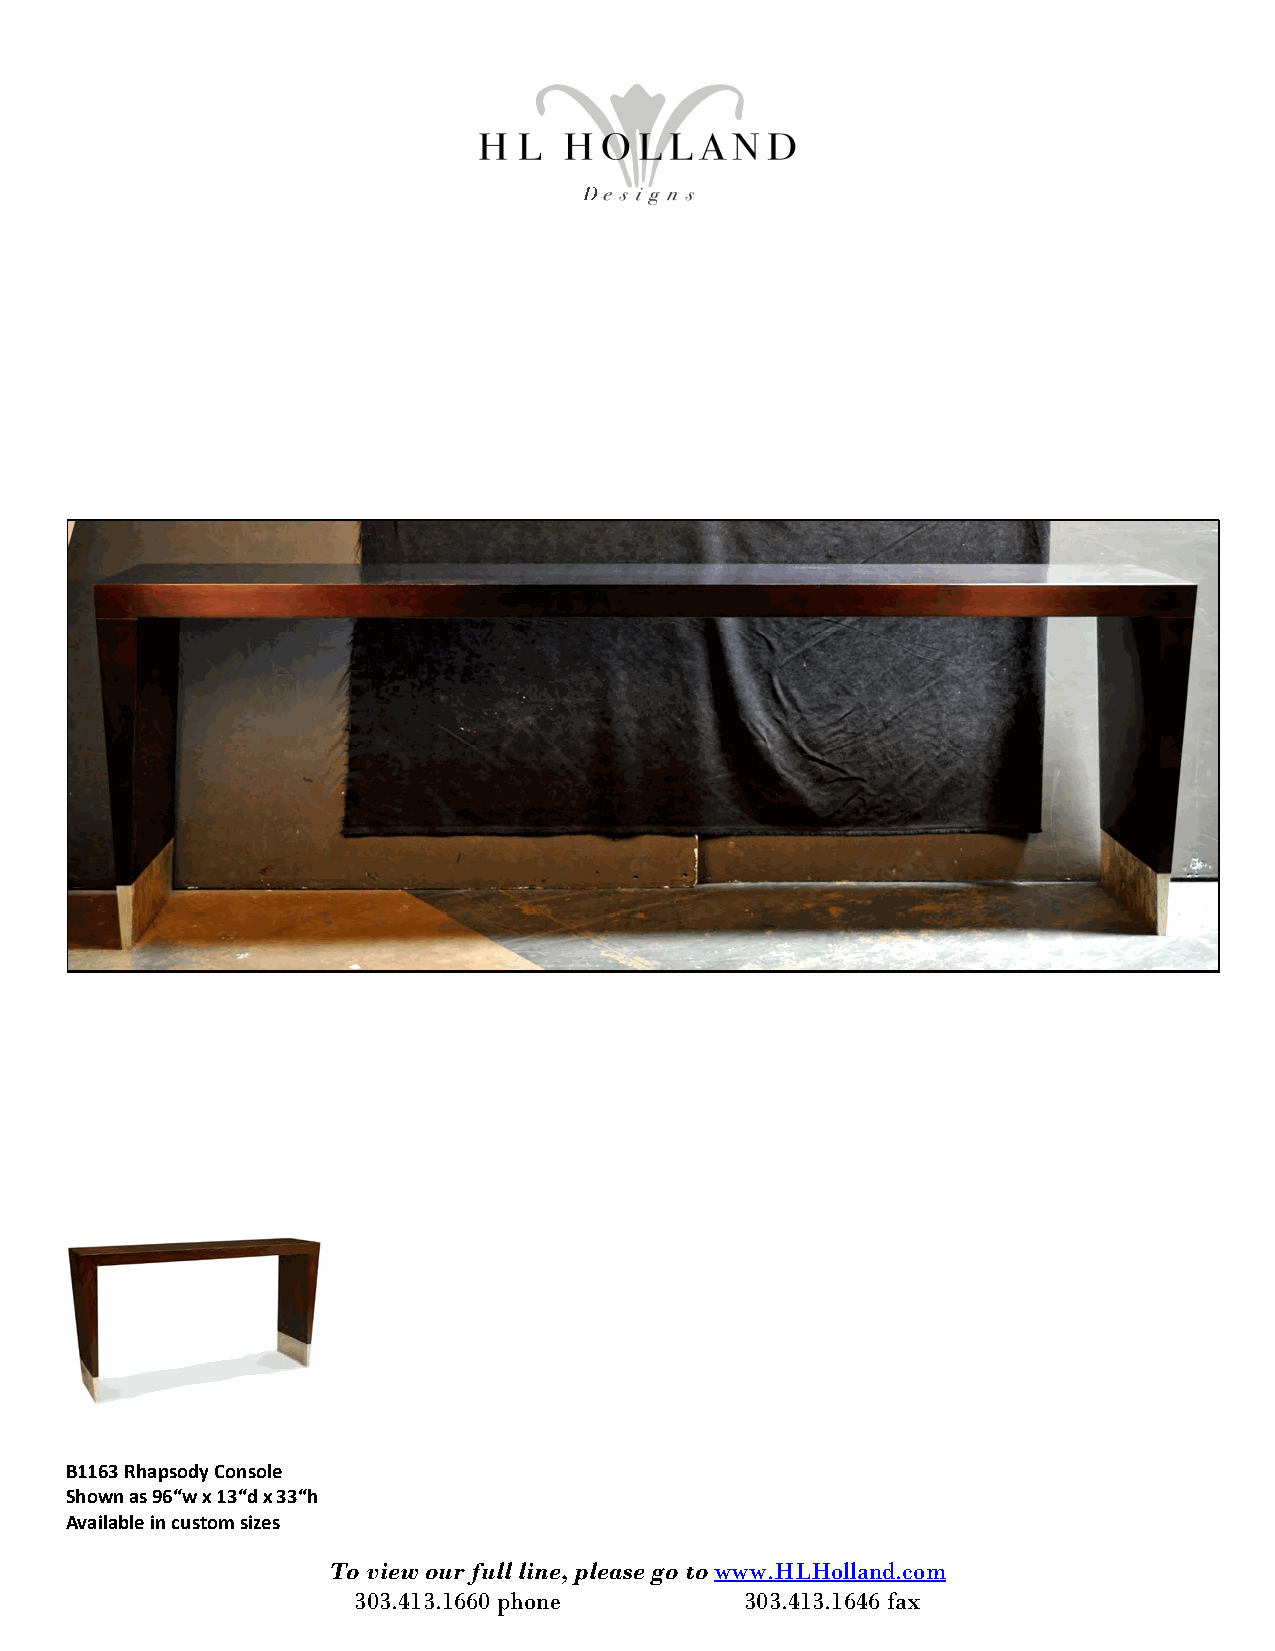
B1163 Rhapsody Console
 Shown as 96“w x 13“d x 33“h
 Available in custom sizes
 To view our full line, please go to www.HLHolland.com
 303.413.1660 phone        303.413.1646 fax